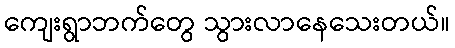
ကျေးရွာဘက်တွေ သွားလာနေသေးတယ်။